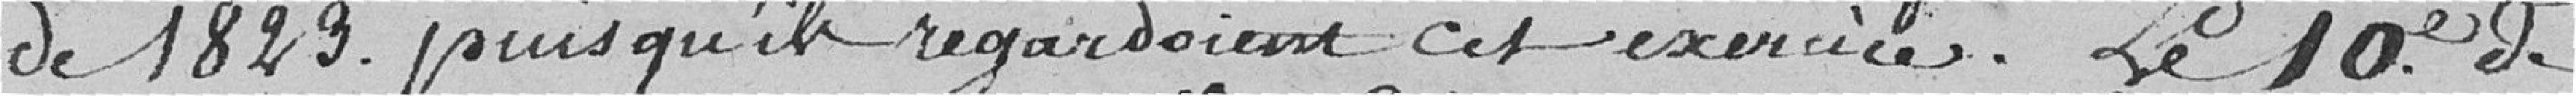
de 1823 puisqu'ils regardaient cet exercice. le 10ème de